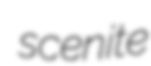
scenite